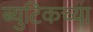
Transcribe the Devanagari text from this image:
ब्युटिकच्या